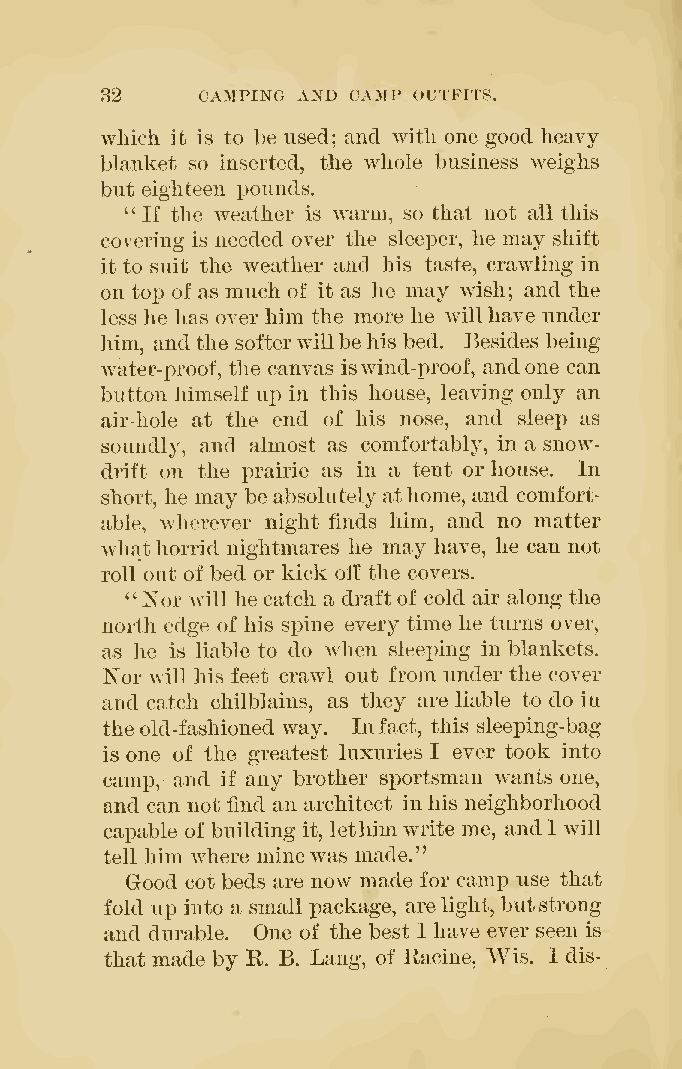
'
 32    CAMPING AND CAMP OUTFITS.
 which it is to be used; and with one good heavy
 blanket so inserted, the whole business weighs
 but eighteen x^ounds.
 ''If the weather is warm, so that not all this
 covering is needed over the sleeper, he may shift
 it to suit the weather and his taste, crawling in
 on top of as much of it as he may wish; and the
 less he has over him the more he willhave under
 him, andthe softerwillbehis bed. Besides being
 water-proof, the canvas iswind-proof, andone can
 button himself up in this house, leaving only an
 air-hole at the end of his nose, and sleep as
 soundly, and almost as comfortably, in a snow-
 drift on the prairie as in a tent or house. In
 short, he may be absolutely athome, and comfort-
 able, wherever night finds him, and no matter
 whathorrid nightmares he may have, he can not
 roll out of bed or kick off the covers.
 "Nor will he catch a draftof cold air along the
 north edge of his spine every time he turns over,
 as he is liable to do when sleeping in blankets.
 'NoY will his feet crawl out from under the cover
 and catch chilblains, as they are liable to do in
 theold-fashioned way. Infact, this sleeping-bag
 is one of the greatest luxuries I ever took into
 cami3, and if any brother sportsman wants one,
 and can not find an architect inhis neighborhood
 capable of building it, lethim write me, andI will
 tell him where minewas made.'
 Good cot beds are now made for camp use that
 fold up into a small package, arelight, butstrong
 and durable. One of the best I have ever seen is
 that made by E. B. Lang, of Racine, Wis. I dis-